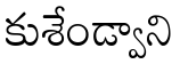
కుశేండ్వాని